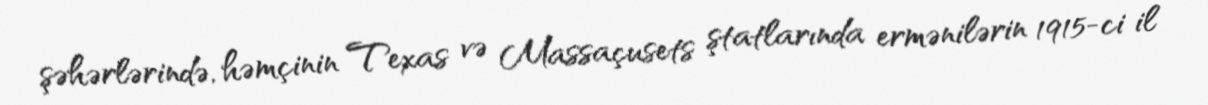
şəhərlərində, həmçinin Texas və Massaçusets ştatlarında ermənilərin 1915-ci il